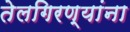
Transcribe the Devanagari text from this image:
तेलगिरण्यांना